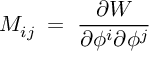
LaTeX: M _ { i j } \; = \; { \frac { \partial W } { \partial \phi ^ { i } \partial \phi ^ { j } } }